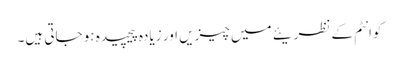
کوانٹم کے نظریئے میں چیزیں اور زیادہ پیچیدہ ہو جاتی ہیں۔